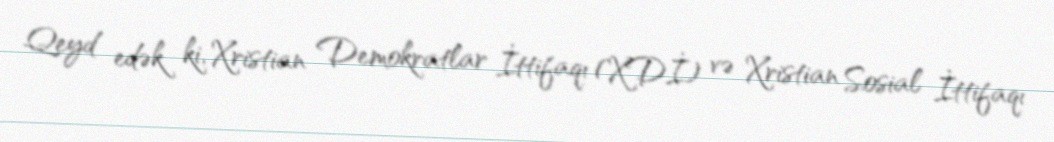
Qeyd edək ki, Xristian Demokratlar İttifaqı (XDİ) və Xristian Sosial İttifaqı